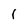
Character: l